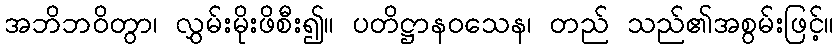
အဘိဘဝိတွာ၊ လွှမ်းမိုးဖိစီး၍။ ပတိဋ္ဌာနဝသေန၊ တည် သည်၏အစွမ်းဖြင့်။